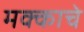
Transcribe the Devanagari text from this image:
मक्काचे